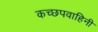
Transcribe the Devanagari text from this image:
कच्छपवाहिनी